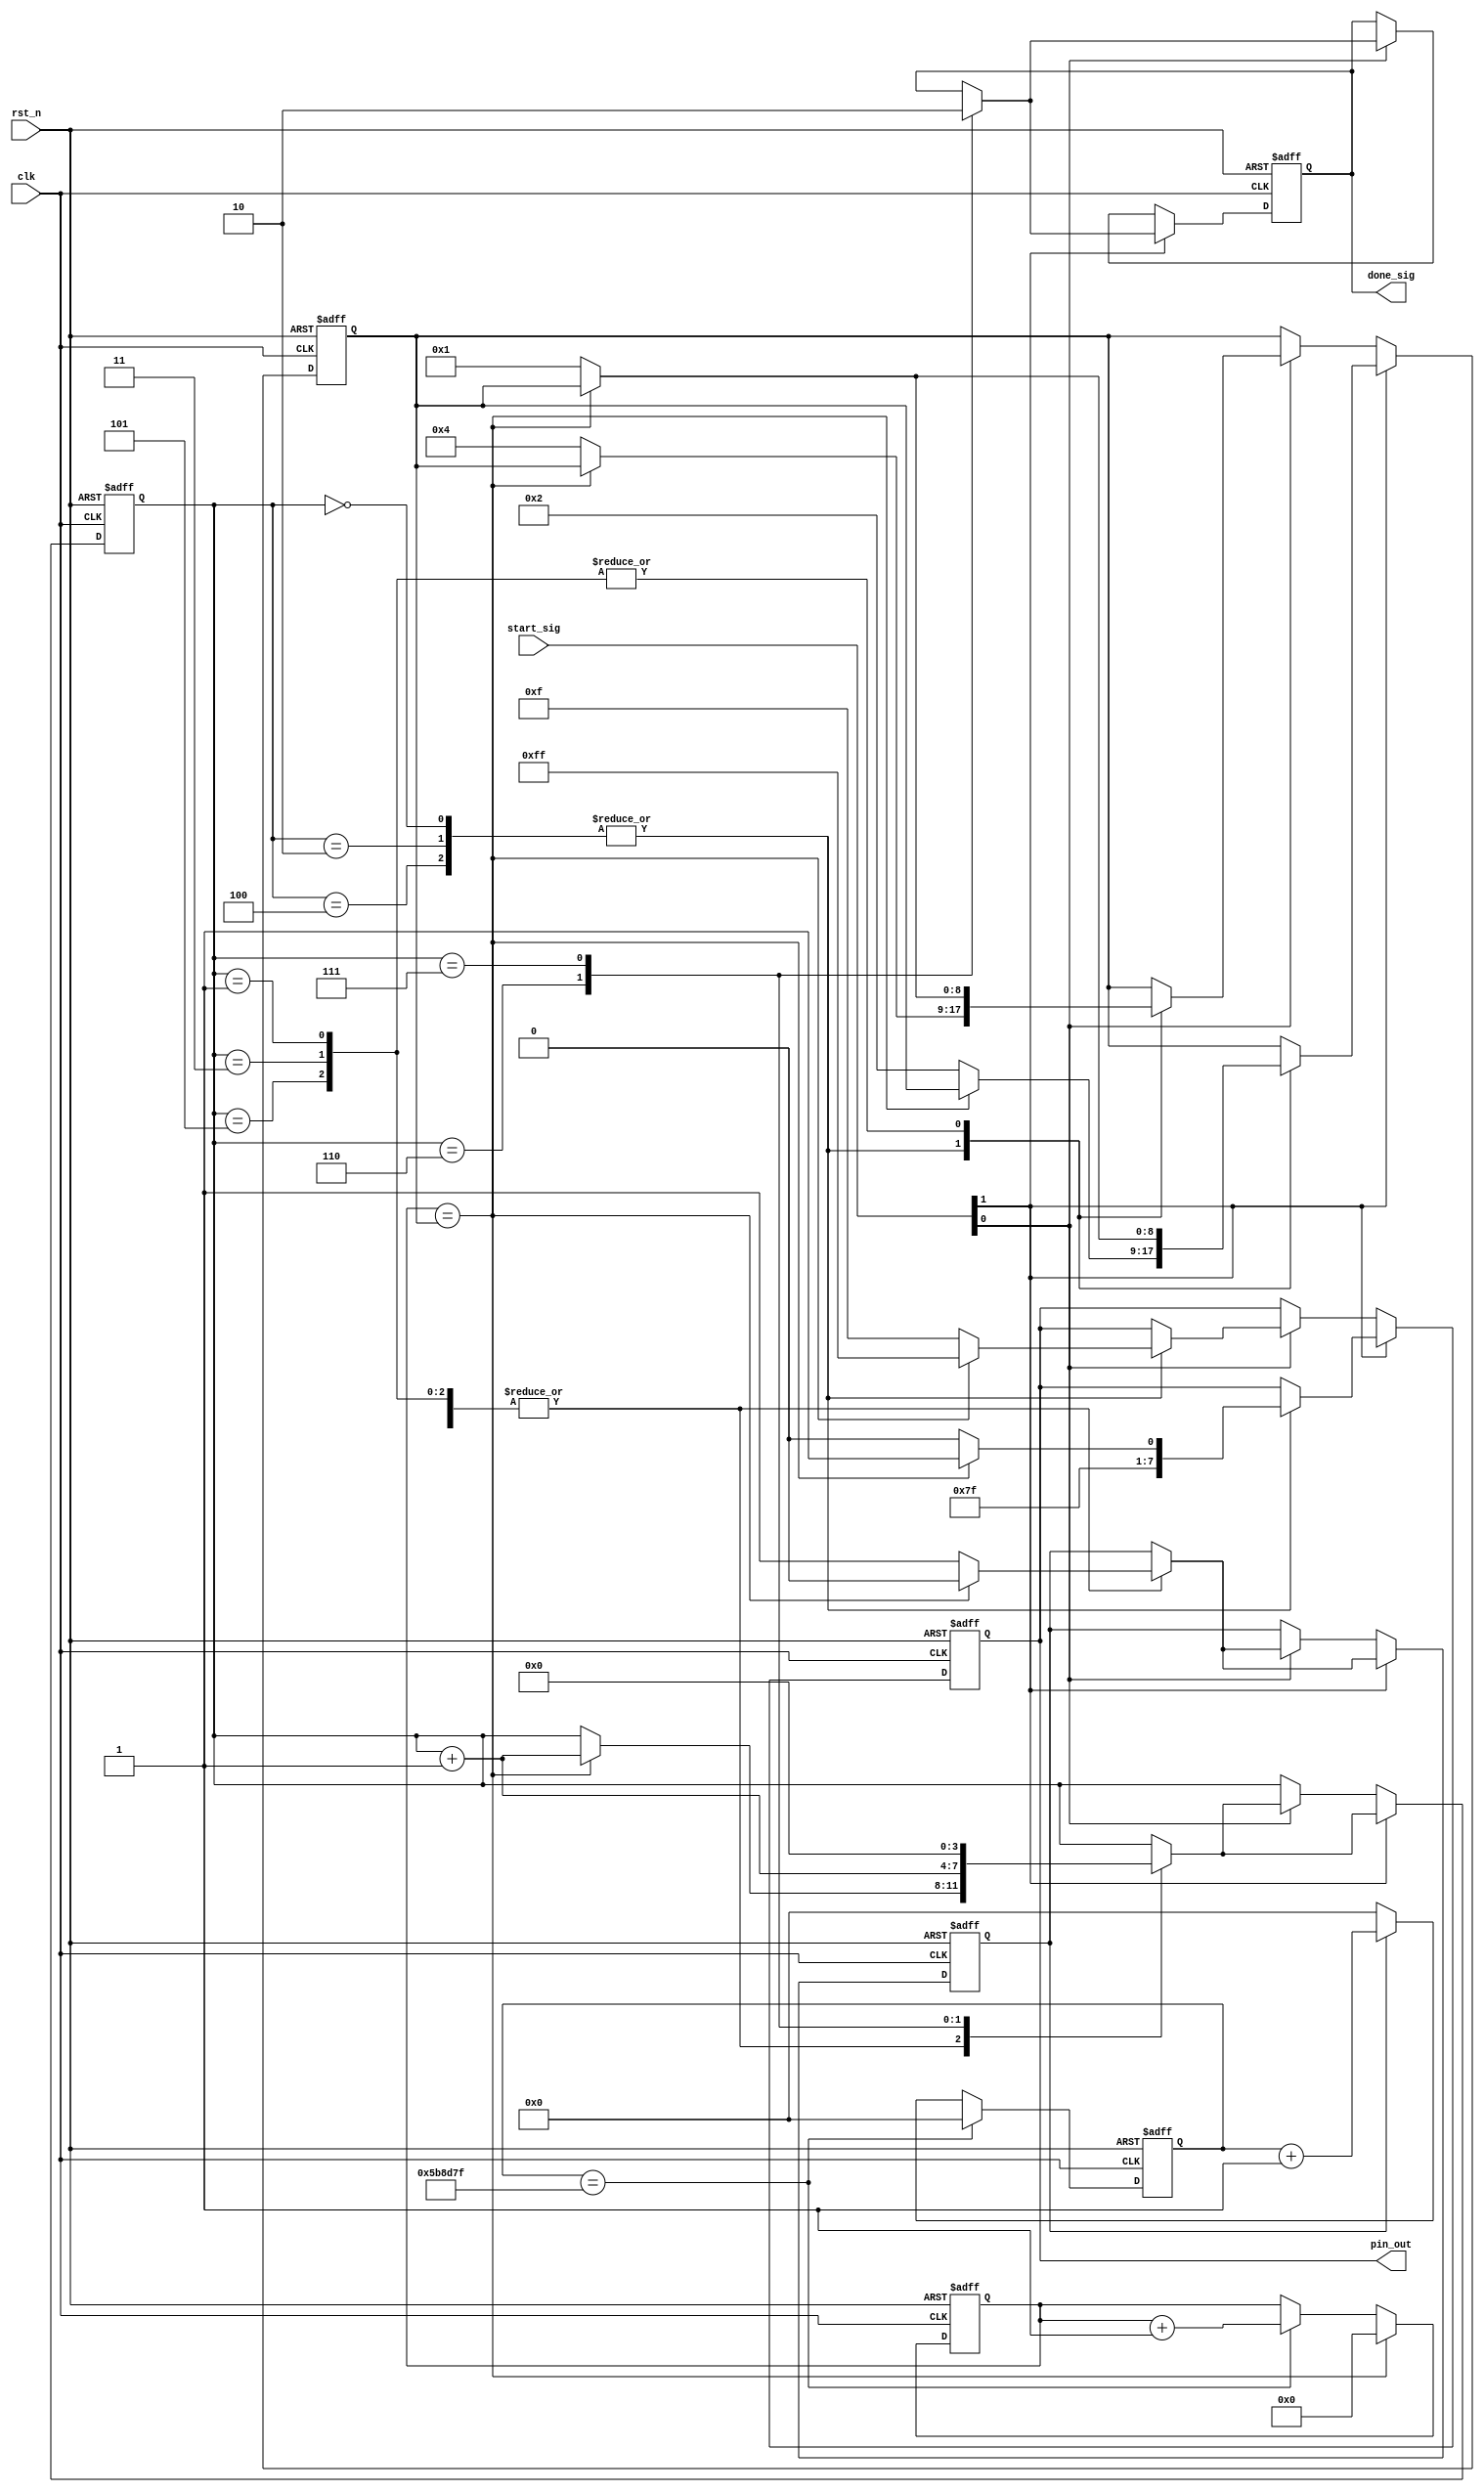
module beep_function_module(
    clk,
    rst_n,
    start_sig,
    done_sig,
    pin_out
    );
    
    input clk;
    input rst_n;
    
    input [1:0]start_sig;
    
    output done_sig;
    output [7:0]pin_out;
    
    /**********************************/
    
    reg isDone;
    reg [7:0]pin;
    
    // 12MHz 0.5s
    parameter T0P5S = 24'd5_999_999;
    
    reg [23:0]count;
    reg isCount;
    
    always @(posedge clk or negedge rst_n) begin
        if (!rst_n)
            count <= 24'd0;
        else if (count == T0P5S)
            count <= 24'd0;
        else if(isCount)
            count <= count + 1'b1;
        else
            count <= 24'd0;
    end
    
    reg [8:0]count_s;
    reg [8:0]rTime;
    
    always @(posedge clk or negedge rst_n) begin
        if (!rst_n)
            count_s <= 9'd0;
        else if (count_s == rTime)
            count_s <= 9'd0;
        else if (count == T0P5S)
            count_s <= count_s + 1'b1;
    end
    
    
    reg [3:0]i;
    
    always @(posedge clk or negedge rst_n) begin
        if (!rst_n) begin
            i <= 4'd0;
            isCount <= 1'b0;
            isDone <= 1'b0;
            pin <= 8'hff;
            rTime <= 9'h1ff;
        end
        else if (start_sig[1]) //S 1s D2
            
            case(i)
            
                0,2,4:
                if (count_s == rTime) begin
                    i <= i + 1'b1;
                    isCount <= 1'b0;
                    pin <= 8'hff;
                end
                else begin
                    isCount <= 1'b1;
                    rTime <= 9'd2;
                    pin <= 8'b1111_1110;
                end
                
                1,3,5: //0.5
                if (count_s == rTime) begin
                    i <= i + 1'b1;
                    isCount <= 1'b0;
                end
                else begin
                    isCount <= 1'b1;
                    rTime <= 9'd1;
                end
                
                6:
                begin
                    i <= i + 1'b1;
                    isDone <= 1'b1;
                end
                
                7:
                begin
                    i <= 4'd0;
                    isDone <= 1'b0;
                end
            
            endcase
        
        else if (start_sig[0]) //O 2s D6 D7 D8 D9
        
            case(i)
            
                0,2,4:
                if (count_s == rTime) begin
                    i <= i + 1'b1;
                    isCount <= 1'b0;
                    pin <= 8'hff;
                end
                else begin
                    isCount <= 1'b1;
                    rTime <= 9'd4;
                    pin <= 8'b0000_1111;
                end
                
                1,3,5: //0.5s
                if (count_s == rTime) begin
                    i <= i + 1'b1;
                    isCount <= 1'b0;
                end
                else begin
                    isCount <= 1'b1;
                    rTime <= 9'd1;
                end
                
                6:
                begin
                    i <= i + 1'b1;
                    isDone <= 1'b1;
                end
                
                7:
                begin
                    i <= 4'd0;
                    isDone <= 1'b0;
                end
            
            endcase
    end
    
    
    assign done_sig = isDone;
    assign pin_out = pin;
    
endmodule